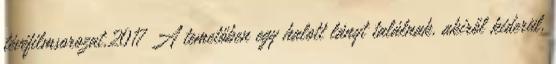
tévéfilmsorozat,2017 A temetőben egy halott lányt találnak, akiről kiderül,